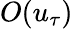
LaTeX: O(u_{\tau})